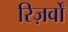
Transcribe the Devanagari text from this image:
रिज़र्वों